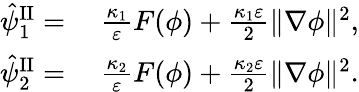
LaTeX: \begin{array}{rl}{\hat{\psi}_{1}^{\mathrm{II}}=}&{{}~\frac{\kappa_{1}}{\varepsilon}F(\phi)+\frac{\kappa_{1}\varepsilon}{2}\| \nabla\phi\| ^{2},}\\ {\hat{\psi}_{2}^{\mathrm{II}}=}&{{}~\frac{\kappa_{2}}{\varepsilon}F(\phi)+\frac{\kappa_{2}\varepsilon}{2}\| \nabla\phi\| ^{2}.}\end{array}